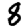
Digit: 8